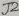
Text: J2